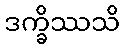
ဒက္ခိဿသိ